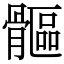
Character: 𩪍